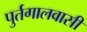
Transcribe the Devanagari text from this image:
पुर्तगालवासी